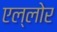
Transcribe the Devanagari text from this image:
एल्लोर